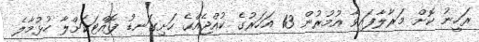
ރަހީނު ކޮށް މަރާލާފައިވާ އުމުރުން 13 އަހަރުގެ ކުއްޖެއްގެ ހަށިގަނޑު ފޮއްޓަކަށްލާ ހުޅުމާލެ